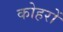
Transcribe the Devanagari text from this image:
कोहरों